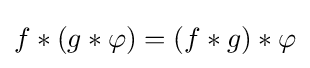
f*(g*\varphi )=(f*g)*\varphi